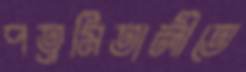
পত্রমিতালীতে